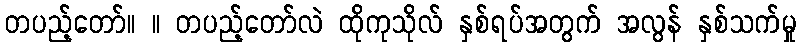
တပည့်တော်။ ။ တပည့်တော်လဲ ထိုကုသိုလ် နှစ်ရပ်အတွက် အလွန် နှစ်သက်မှု